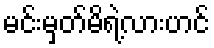
မင်းမှတ်မိရဲ့လားဟင်